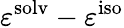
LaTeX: \varepsilon^{\mathrm{{solv}}}-\varepsilon^{\mathrm{{iso}}}